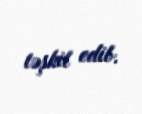
təşkil edib.